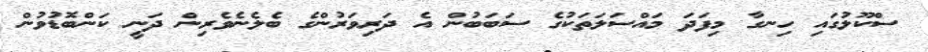
ސްކޫލުގައި ހިނގާ މިފަދަ މައްސަލަތަކުގެ ސަބަބުން އެ ދަރިވަރުންގެ ބެލެނެވެރިން ދަނީ ކަންބޮޑުވުން